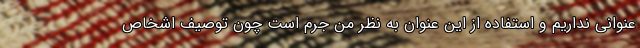
عنوانی نداریم و استفاده از این عنوان به نظر من جرم است چون توصیف اشخاص